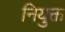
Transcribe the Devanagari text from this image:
नियुक्त